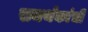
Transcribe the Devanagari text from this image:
समर्थकांची